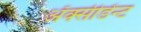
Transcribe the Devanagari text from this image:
अॅक्सीडेंन्ट